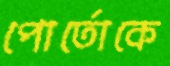
পোর্তোকে